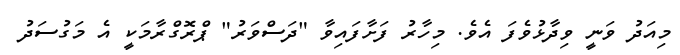
މިއަދު ވަނީ ވިދާޅުވެފަ އެވެ. މިހާރު ފަށާފައިވާ "ދަސްވަރު" ޕްރޮގްރާމަކީ އެ މަގުސަދު